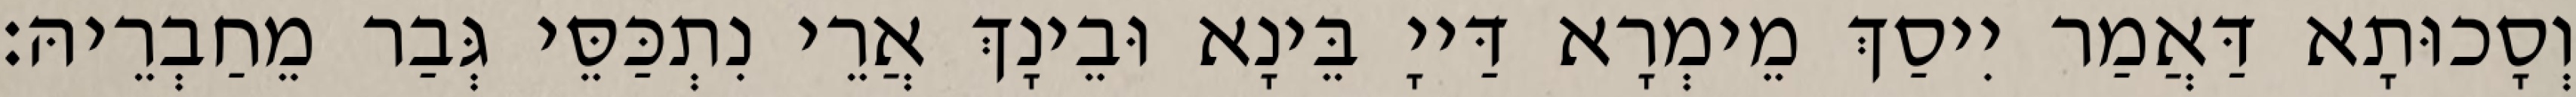
וְסָכוּתָא דַּאֲמַר יִיסַךְ מֵימְרָא דַּייָ בֵּינָא וּבֵינָךְ אֲרֵי נִתְכַּסֵּי גְּבַר מֵחַבְרֵיהּ׃